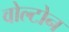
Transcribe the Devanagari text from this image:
वोल्टोन